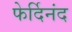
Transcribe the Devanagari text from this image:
फेर्दिनंद